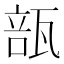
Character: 瓿